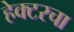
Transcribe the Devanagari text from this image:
हेक्टरचा